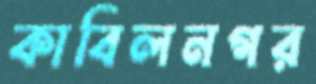
কাবিলনগর